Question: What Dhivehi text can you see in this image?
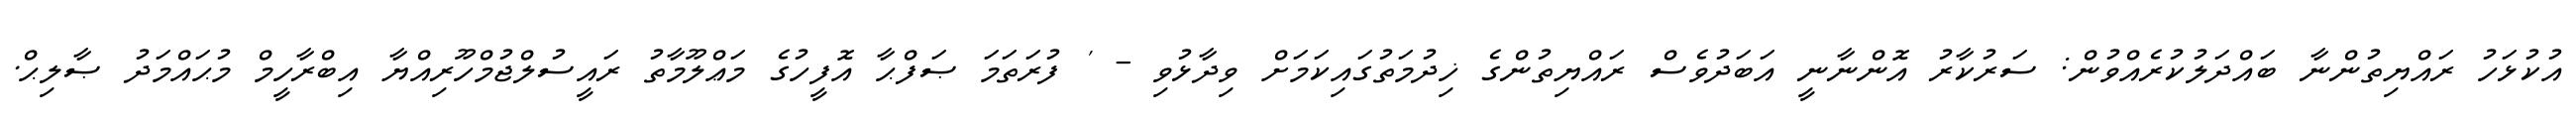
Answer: އުކުޅަހު ރައްޔިތުންނާ ބައްދަލުކުރެއްވުން: ސަރުކާރު އޮންނާނީ އަބަދުވެސް ރައްޔިތުންގެ ޚިދުމަތުގައިކަމަށް ވިދާޅުވި - ' ފުރަތަމަ ޞަފްޙާ އޮފީހުގެ މަޢްލޫމާތު ރައީސުލްޖުމްހޫރިއްޔާ އިބްރާހީމް މުޙައްމަދު ޞާލިޙް.